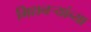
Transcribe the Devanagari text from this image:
मिशनर्‍यांच्या